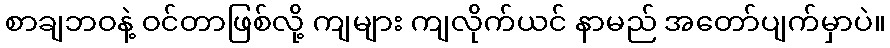
စာချဘဝနဲ့ ဝင်တာဖြစ်လို့ ကျများ ကျလိုက်ယင် နာမည် အတော်ပျက်မှာပဲ။